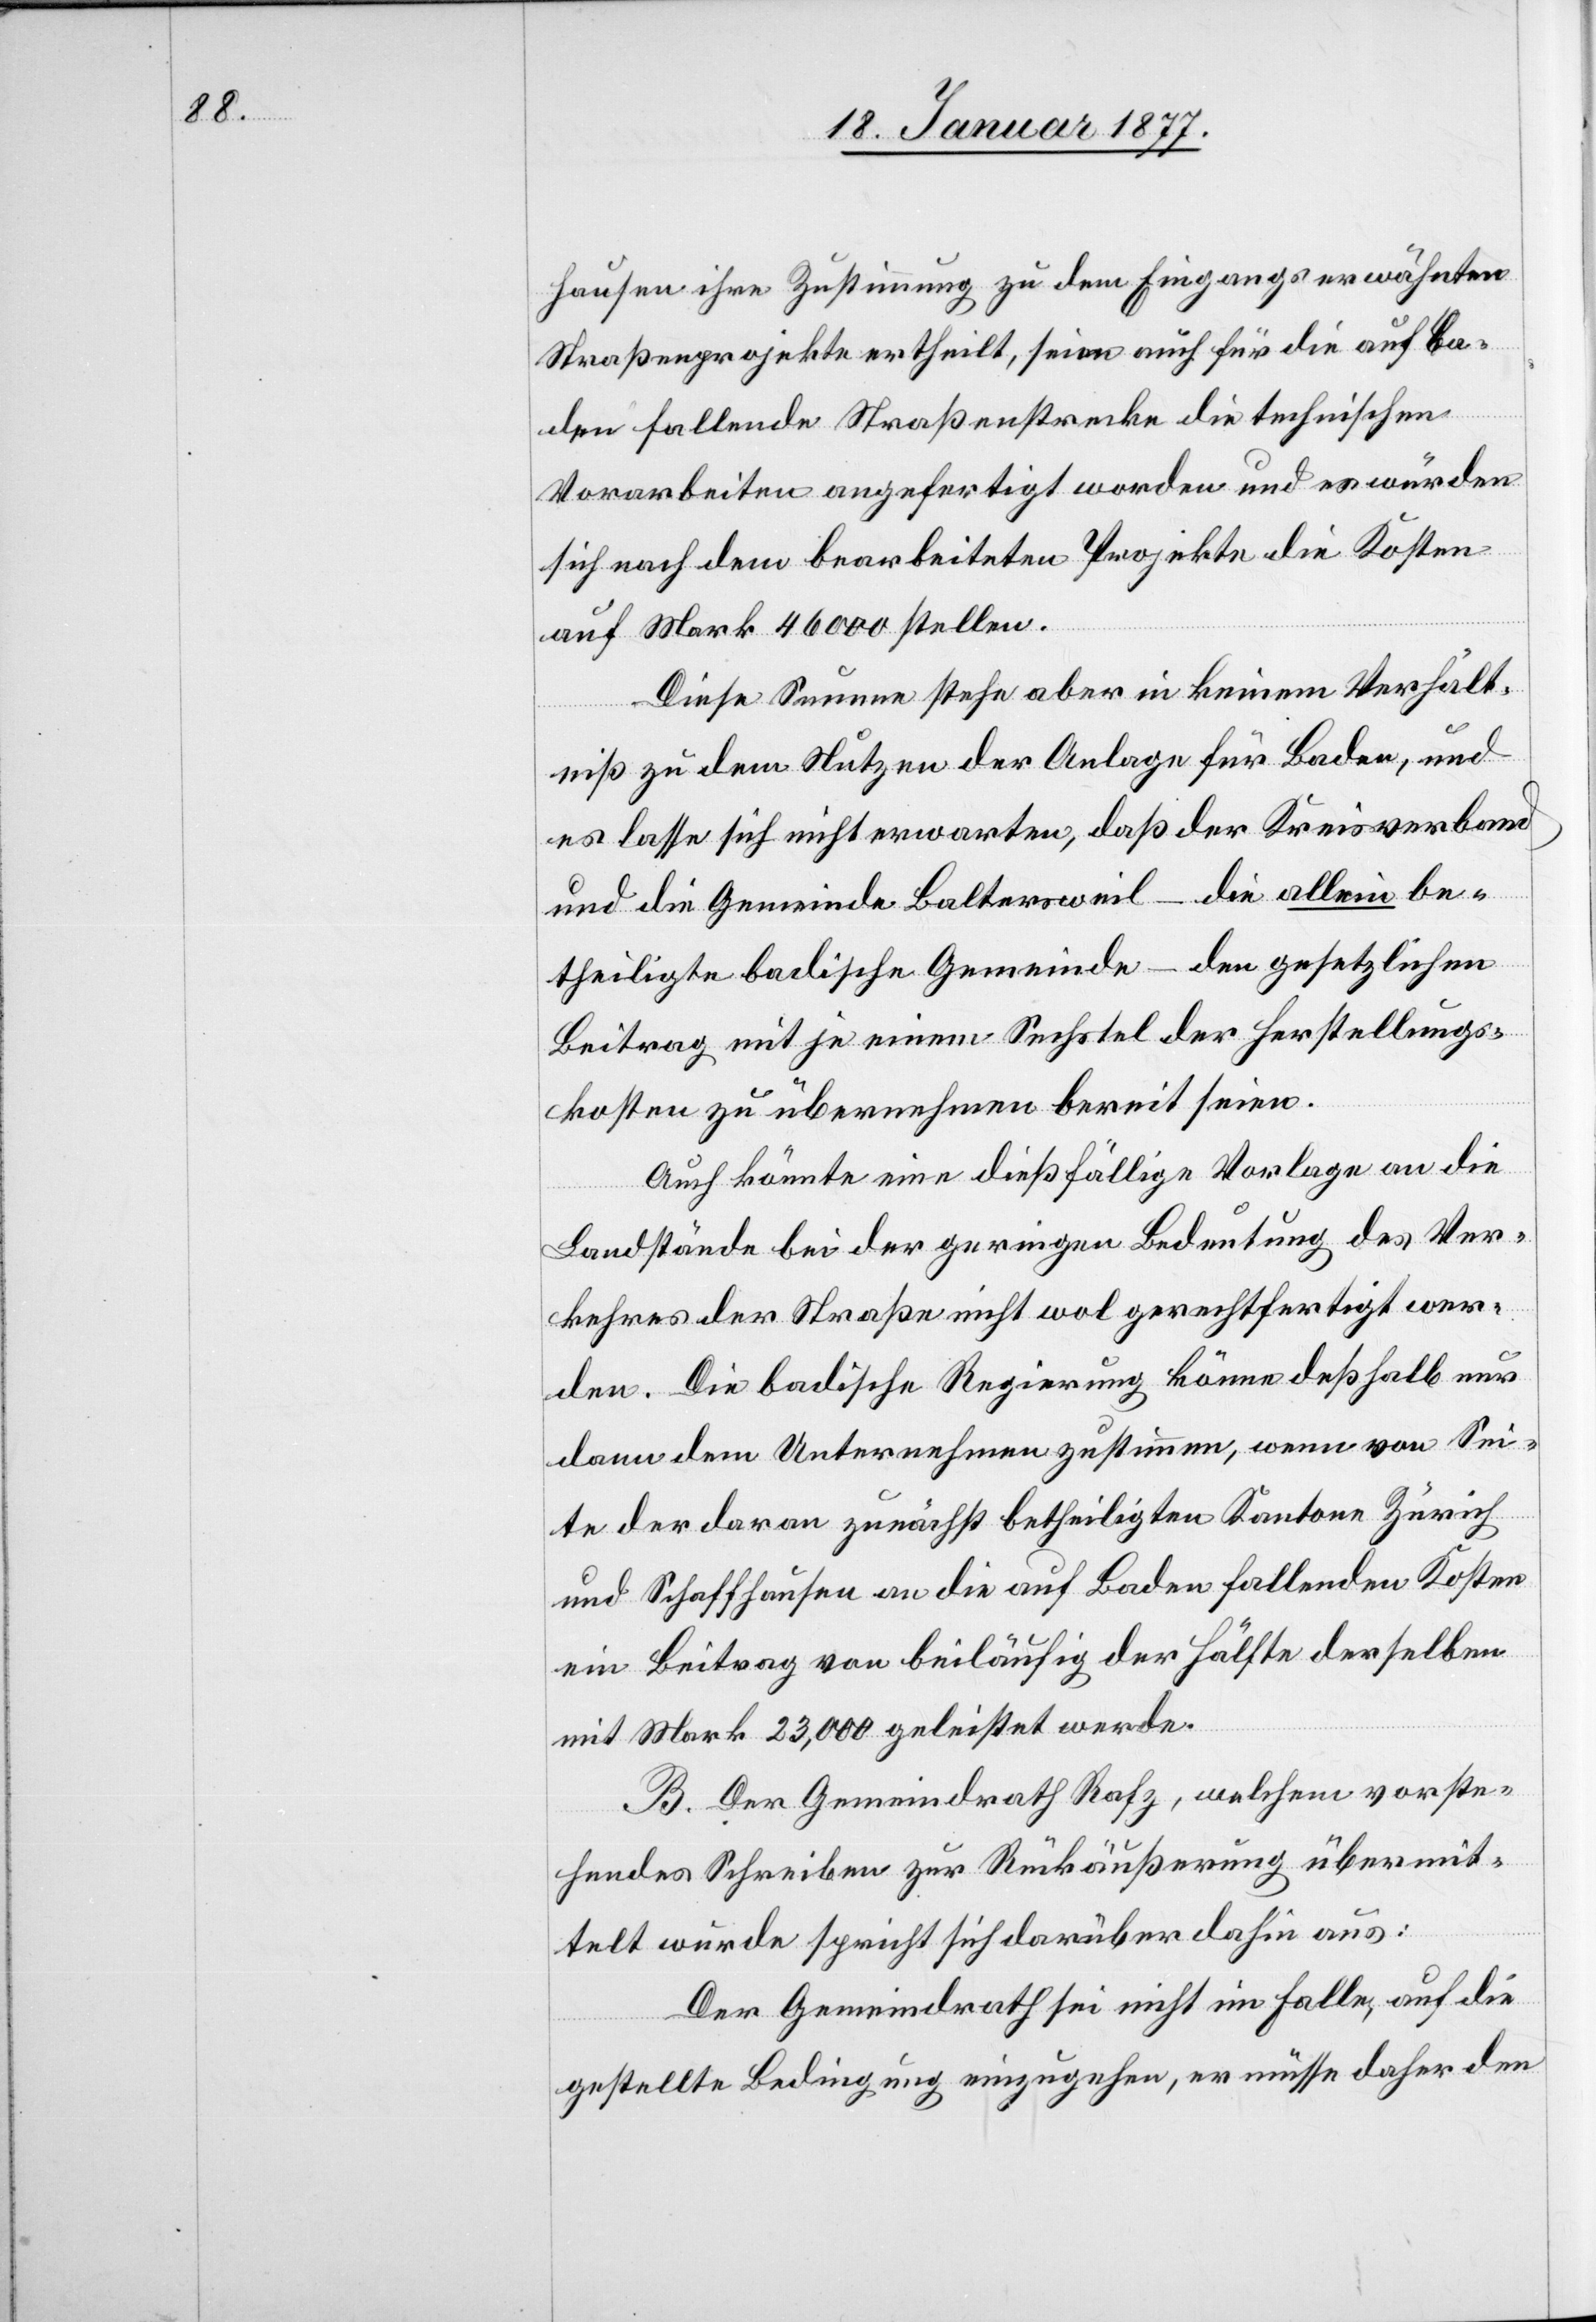
hausen ihre Zustimmung zu dem Eingangs erwähnten
Straßenprojekte ertheilt, seien auch für die auf Ba¬
den fallende Straßenstrecke die technischen
Vorarbeiten angefertigt worden und es würden
sich nach dem bearbeiteten Projekte die Kosten
auf Mark 46,000 stellen.
Diese Summe stehe aber in keinem Verhält¬
niß zu dem Nutzen der Anlage für Baden, und
es lasse sich nicht erwarten, daß der Kreisverband
und die Gemeinde Baltersweil – die allein be¬
theiligte badische Gemeinde – den gesetzlichen
Beitrag mit je einem Sechstel der Herstellungs¬
kosten zu übernehmen bereit seien.
Auch könnte eine dießfällige Vorlage an die
Landstände bei der geringen Bedeutung des Ver¬
kehres der Straße nicht wol gerechtfertigt wer¬
den. Die badische Regierung könne deßhalb nur
dann dem Unternehmen zustimmen, wenn von Sei¬
te der daran zunächst betheiligten Kantone Zürich
und Schaffhausen an die auf Baden fallenden Kosten
ein Beitrag von beiläufig der Hälfte derselben
mit Mark 23,000 geleistet werde.
B. Der Gemeindrath Rafz, welchem vorste¬
hendes Schreiben zur Rückäußerung übermit¬
telt wurde spricht sich darüber dahin aus:
Der Gemeindrath sei nicht im Falle, auf die
gestellte Bedingung einzugehen, er müsse daher den